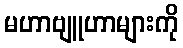
မဟာဗျူဟာများကို